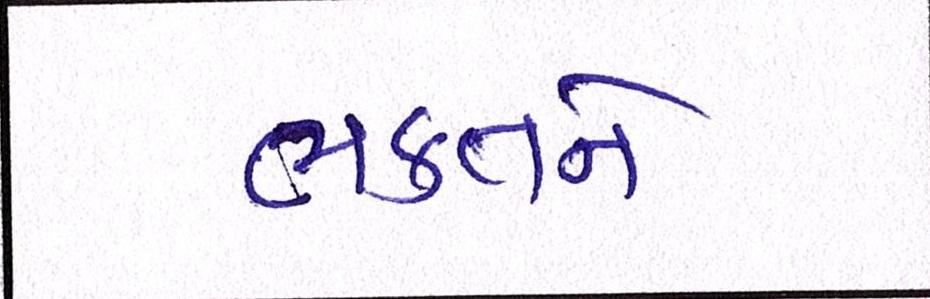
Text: ભક્તનો